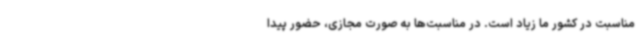
مناسبت در کشور ما زیاد است. در مناسبت‌ها به صورت مجازی، حضور پیدا